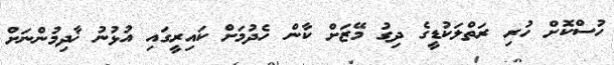
ހުސްކޮށް ހުރި ރަތްލަކުޑީގެ ދިގު މޭޒަށް ކާން ހެދުމަށް ކައިރީގައި އުޅުނު ޚާދިމުންނަށް